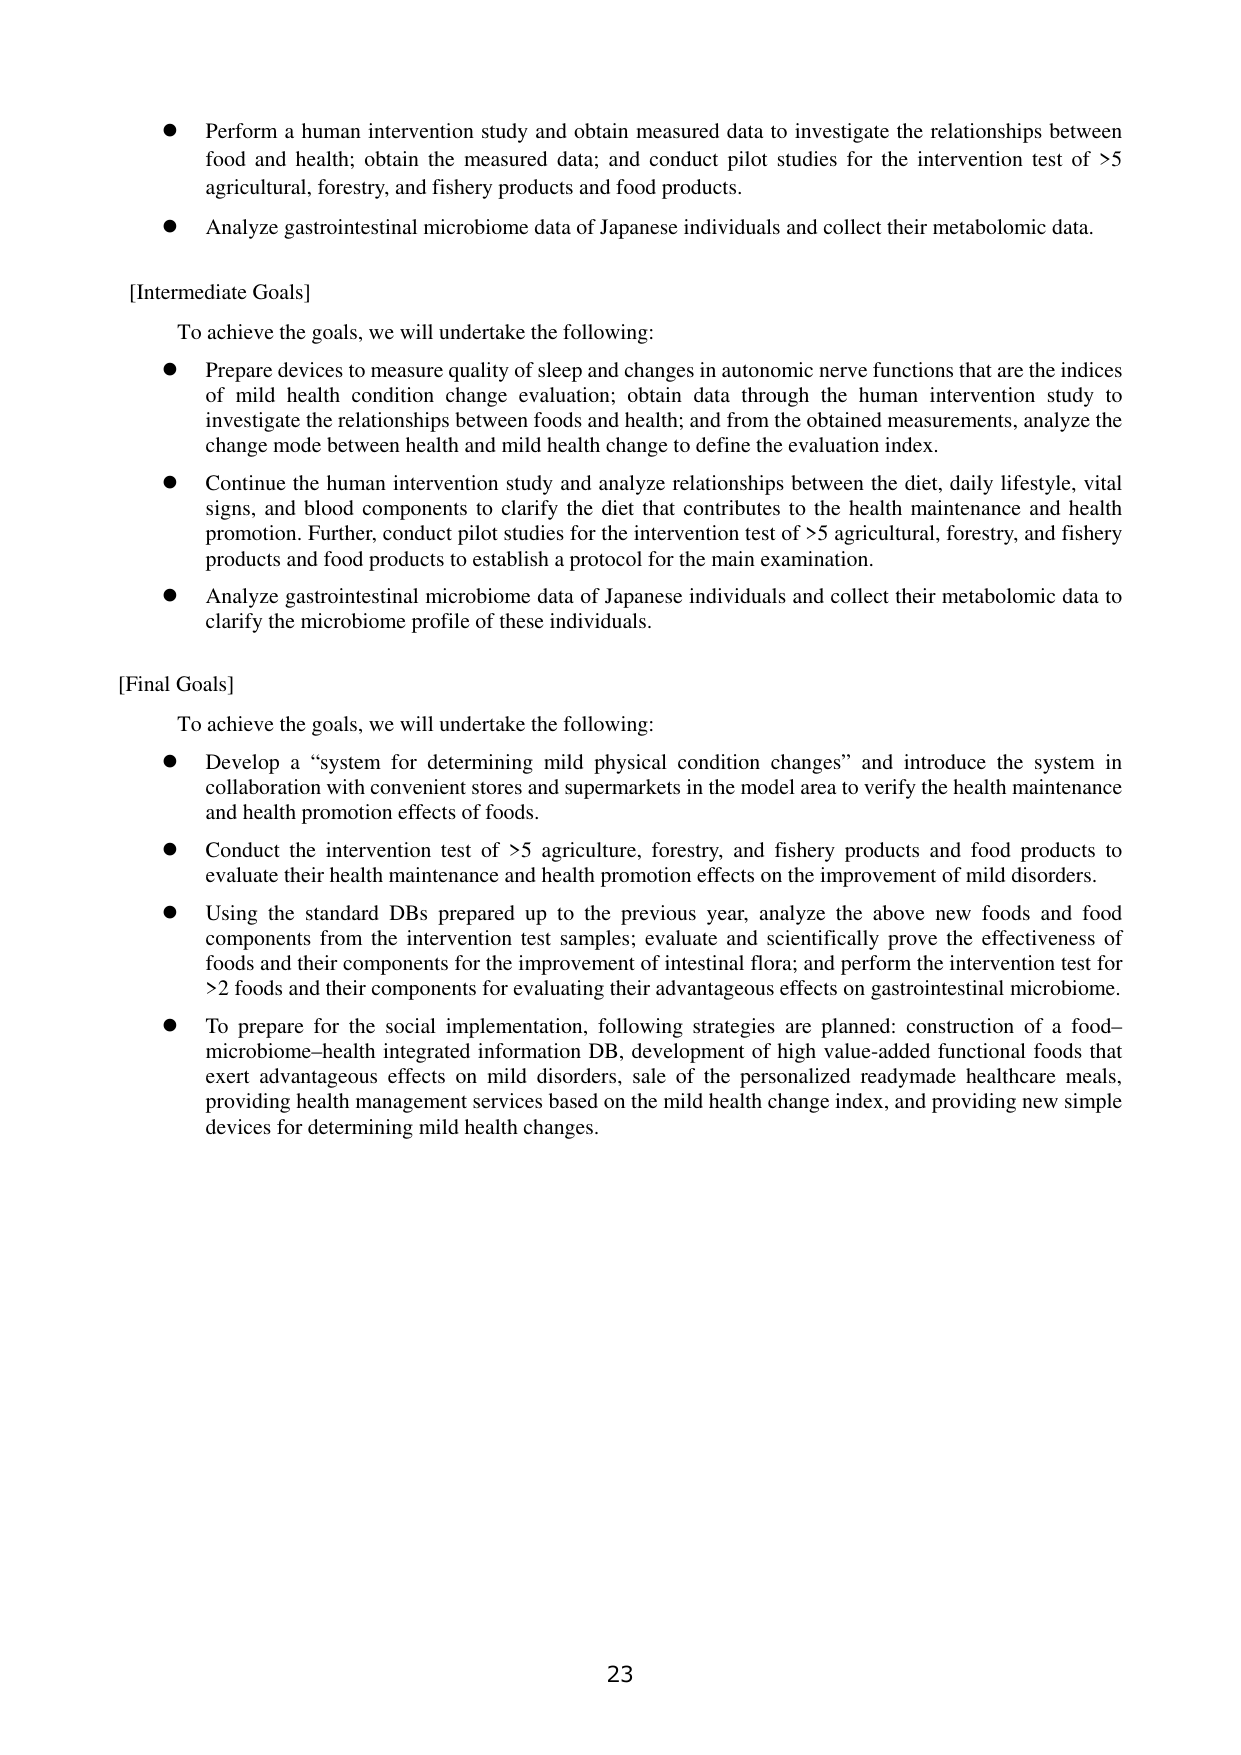
● Perform a human intervention study and obtain measured data to investigate the relationships between food and health; obtain the measured data; and conduct pilot studies for the intervention test of >5 agricultural, forestry, and fishery products and food products.

● Analyze gastrointestinal microbiome data of Japanese individuals and collect their metabolomic data.

[Intermediate Goals]

To achieve the goals, we will undertake the following:

● Prepare devices to measure quality of sleep and changes in autonomic nerve functions that are the indices of mild health condition change evaluation; obtain data through the human intervention study to investigate the relationships between foods and health; and from the obtained measurements, analyze the change mode between health and mild health change to define the evaluation index.

● Continue the human intervention study and analyze relationships between the diet, daily lifestyle, vital signs, and blood components to clarify the diet that contributes to the health maintenance and health promotion. Further, conduct pilot studies for the intervention test of >5 agricultural, forestry, and fishery products and food products to establish a protocol for the main examination.

● Analyze gastrointestinal microbiome data of Japanese individuals and collect their metabolomic data to clarify the microbiome profile of these individuals.

[Final Goals]

To achieve the goals, we will undertake the following:

● Develop a “system for determining mild physical condition changes” and introduce the system in collaboration with convenient stores and supermarkets in the model area to verify the health maintenance and health promotion effects of foods.

● Conduct the intervention test of >5 agriculture, forestry, and fishery products and food products to evaluate their health maintenance and health promotion effects on the improvement of mild disorders.

● Using the standard DBs prepared up to the previous year, analyze the above new foods and food components from the intervention test samples; evaluate and scientifically prove the effectiveness of foods and their components for the improvement of intestinal flora; and perform the intervention test for >2 foods and their components for evaluating their advantageous effects on gastrointestinal microbiome.

● To prepare for the social implementation, following strategies are planned: construction of a food–microbiome–health integrated information DB, development of high value-added functional foods that exert advantageous effects on mild disorders, sale of the personalized readymade healthcare meals, providing health management services based on the mild health change index, and providing new simple devices for determining mild health changes.

23